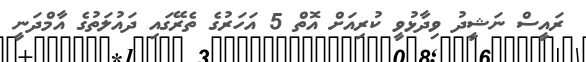
ރައީސް ނަޝީދު ވިދާޅުވީ ކުރިއަށް އޮތް 5 އަހަރުގެ ތެރޭގައި ދައުލަތުގެ އާމްދަނީ